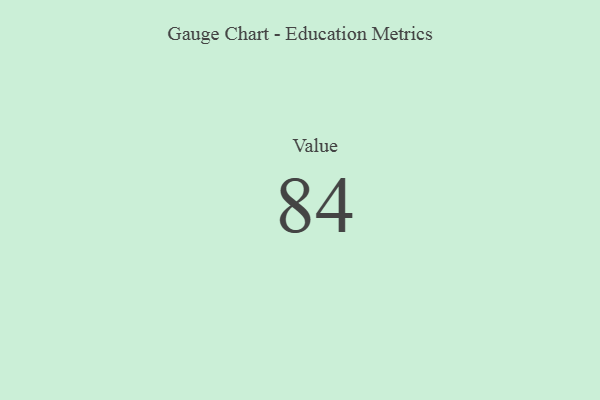
{"axis": {"x": "Metric", "y": "Value"}, "legend": [""], "data": [{"x": "Value", "y": 84, "type": ""}]}